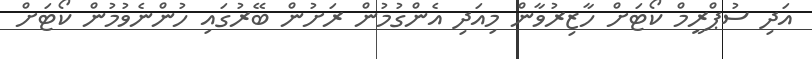
އަދި ސުޕްރީމް ކޯޓަށް ހާޒިރުވާން މިއަދި އެންގުމުން ރަށުން ބޭރުގައި ހުންނެވުމުން ކޯޓަށް